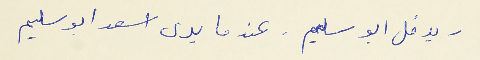
- يدخل ابو سليم . عندما يرى اسعد ابو سليم